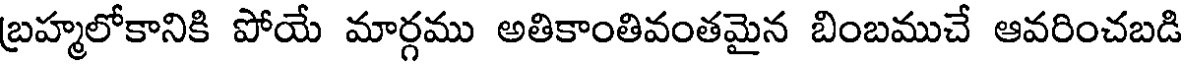
బ్రహ్మలోకానికి పోయే మార్గము అతికాంతివంతమైన బింబముచే ఆవరించబడి